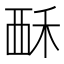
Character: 𫌚